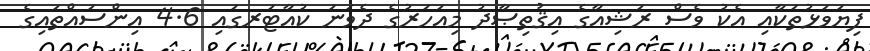
ފިޔަވަޅުތަކާއި އެކު ވެސް ރަޝިއާގެ އިޤުތިޞާދު މިއަހަރުގެ ދެވަނަ ކުއާޓަރގައި 4.6 އިންސައްތައިގެ